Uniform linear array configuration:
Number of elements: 8
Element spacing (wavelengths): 0.25
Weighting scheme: blackman
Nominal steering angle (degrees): -45
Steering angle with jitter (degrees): -44.064
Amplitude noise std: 0.05
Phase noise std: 0.05

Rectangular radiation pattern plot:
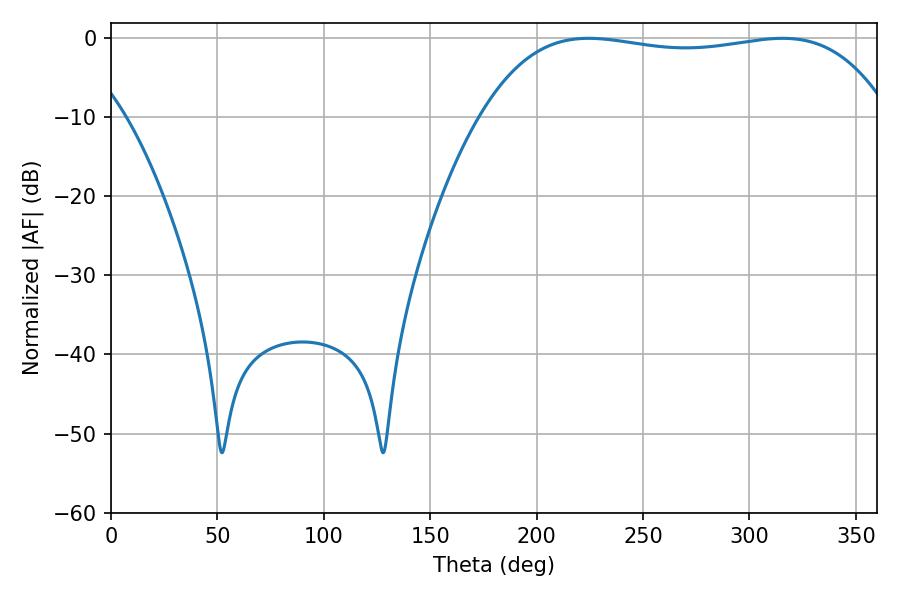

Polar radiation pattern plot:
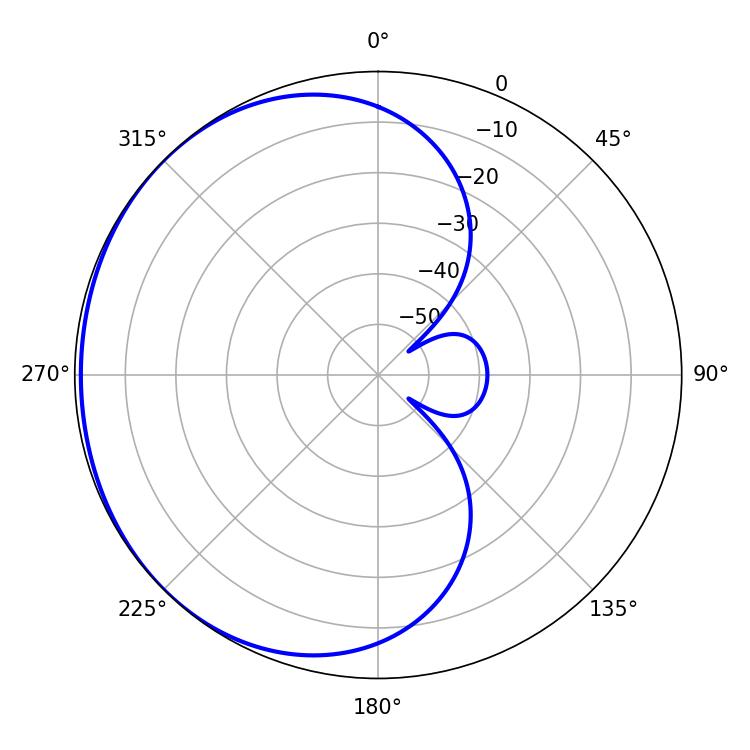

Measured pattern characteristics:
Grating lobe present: FALSE
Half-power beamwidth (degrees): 153
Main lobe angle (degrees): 224.46